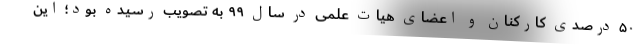
۵۰ درصدی کارکنان و اعضای هیات علمی در سال ۹۹ به تصویب رسیده بود؛ این